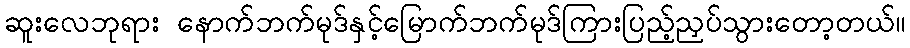
ဆူးလေဘုရား နောက်ဘက်မုဒ်နှင့်မြောက်ဘက်မုဒ်ကြားပြည့်ညှပ်သွားတော့တယ်။